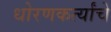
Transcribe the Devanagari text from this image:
धोरणकर्त्यांचे